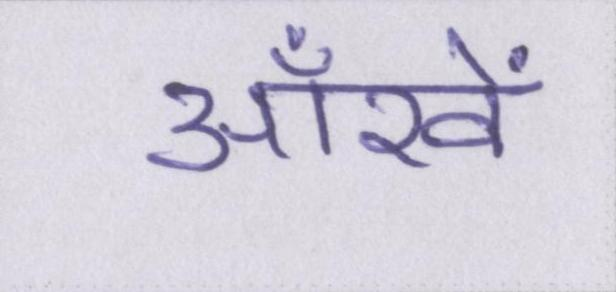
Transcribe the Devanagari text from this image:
ऑंखें